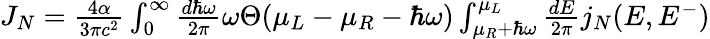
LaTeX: \begin{array}{r}{J_{N}=\frac{4\alpha}{3\pi c^{2}}\int_{0}^{\infty}\frac{d\hbar\omega}{2\pi}\omega\Theta(\mu_{L}-\mu_{R}-\hbar\omega)\int_{\mu_{R}+\hbar\omega}^{\mu_{L}}\frac{dE}{2\pi}j_{N}(E,E^{-})}\end{array}